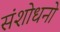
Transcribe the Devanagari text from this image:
संशोधनो